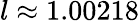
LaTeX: l\approx 1.00218